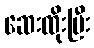
ဆေးထိုးပြီး